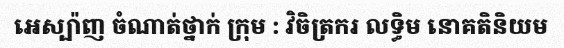
អេស្ប៉ាញ ចំណាត់ថ្នាក់ ក្រុម : វិចិត្រករ លទ្ធិម នោគតិនិយម